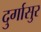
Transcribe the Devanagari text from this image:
दुर्गासुर